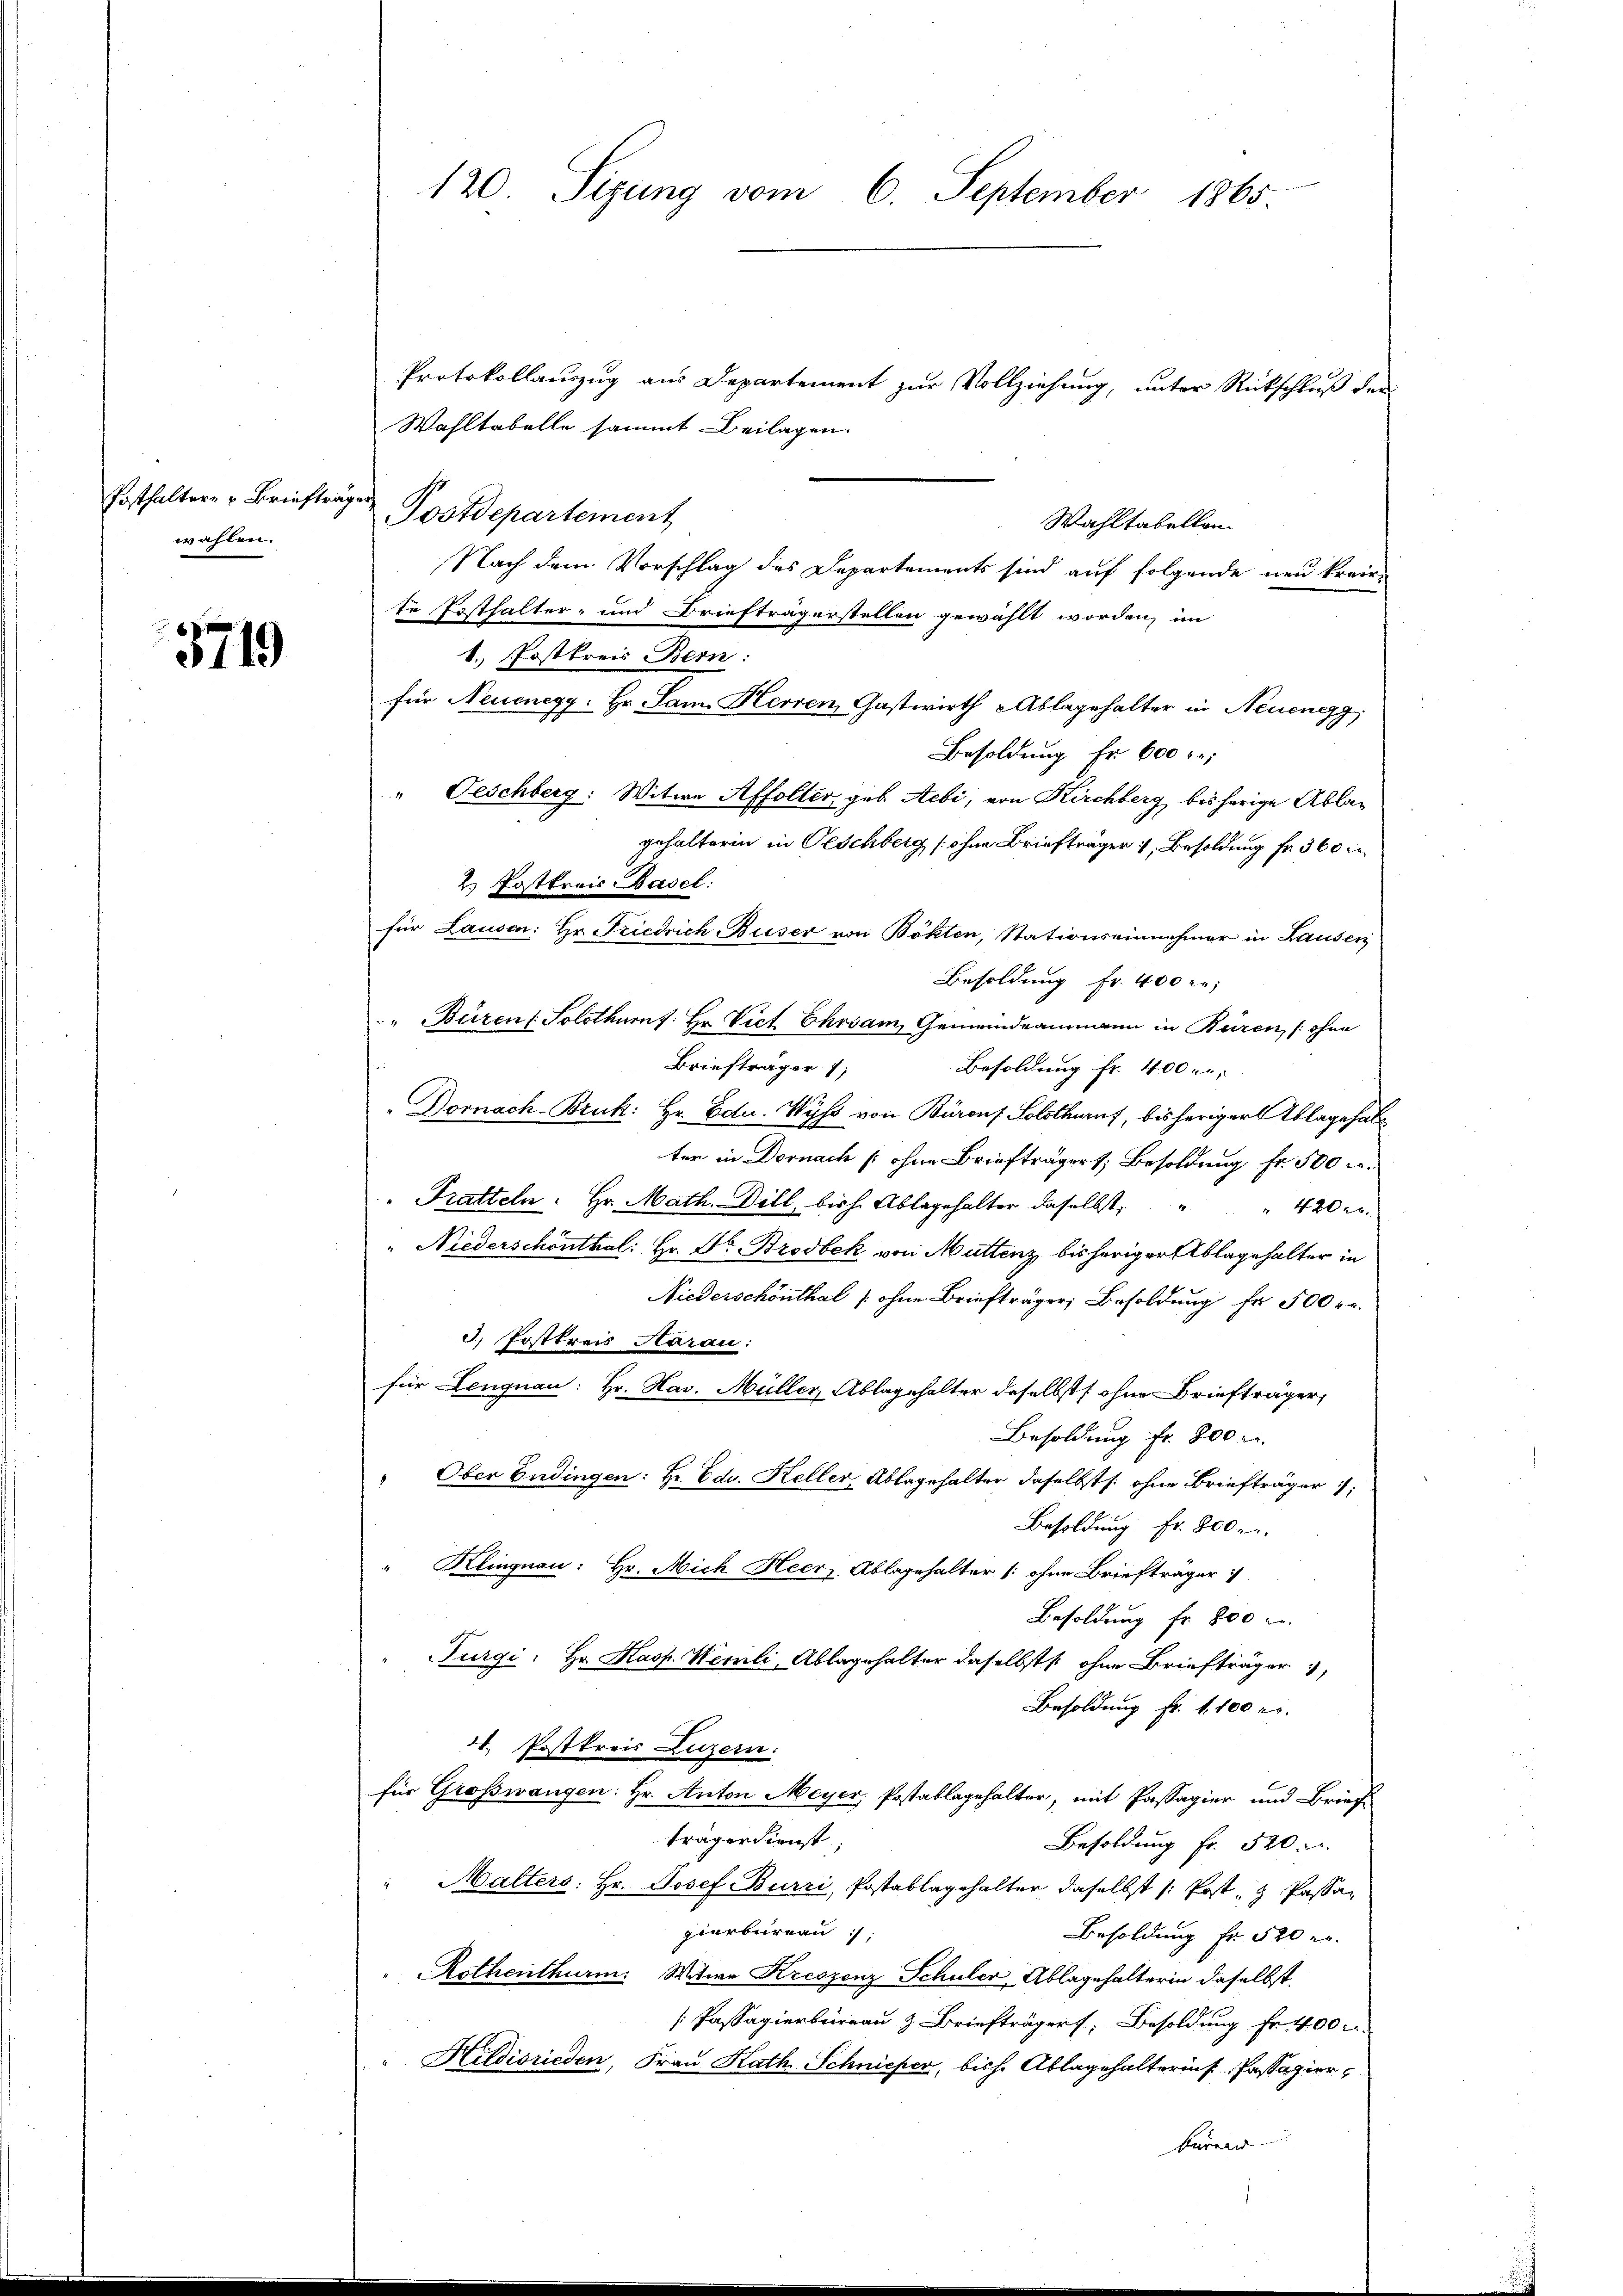
Fosthalter- u Briefträge.
wahlen.

3719

120. Sizung vom 6. September 1865.

Protokollauszug aus Departement zur Vollziehung, unter Rückschluß der
Wahltabelle sammt Beilagen.
Postdepartement
Nach dem Vorschlag des Departements sind auf folgende neu kreiste Posthalter- und Briefträgerstellen gewählt worden, im
1. Postkreis Bern:
für Neuenegg: Er San. Herren Gastwirth & Ablagehalter in Neuengg;
Besoldung Fr. 600
“ Geschberg: Witwe Affolter, gab Aebi, von Kirchberg bisherige Ablagehalterin in Geschberg (ohne Briefträger 1, Besoldung fr. 360 in
2.) Posttrois Basel:
für Lausen: Hr. Friedrich Buser von Bökten, Stationseinnehmer in Lausen
Besoldung Fr. 400
Büren ( Solothurnt: Hr. Vict Ehrsam, Gemeindeammann in Büren, (ohne
Briefträger 1
Besoldung fr. 400.
Dornach-Bruk: Hr. Edu. Wyss von Büronf. Solothuruf, bisheriger Ablage hal
ter in Dornach [ohne Briefträgert, Besoldung fr. 500
" Tratteln: Hr. Math. Dill, bis h. Ablagehalter daselbst         "  420 er
" Niederschönthal: Hr. Dr. Brodbek von Muttenz bisheriger Ablagehalter in
Niederschönthal (ohne Briefträger Besoldung fr 500 re
3) Posttrais Haran:
für Lengnau: Hr. Hav. Müller, Ablagehalter daselbst ohne Briefträger,
Besoldung Fr. 800
" Ober Endingen: Hr. Edu. Keller Ablagehalter daselbst s. ohne Briefträger
Besoldung Fr. 800.
Klingnau: Hr. Mich Heer, Ablagehalter (ohne Briefträger
Besoldung fr. 800 r.
Furgi: Hr. Kasp. Hemli, Ablagehalter daselbst ohne Briefträger
Besoldung fr. 1100 r.
4. Postkreis Luzern:
für Großwangen: Hr. Anton Meyer, Postablagehalter, mit Passagier und Brief-
trägerdienst,
Besoldung fr. 520
Malters: Hr. Josef Burri, Postablagehalter daselbst / Post- & Passagierbureau /:
Besoldung Fr. 520 er
Rothenthurm. Witwe Kreszenz Schuler Ablagehalterin daselbst.
[Passagierbergau & Briefträger Besoldung Fr. 400
Hildisrieden, Frau Kath. Schnieper, bische Ablagehalterins Passazier¬
Burner

Wahltabellen.